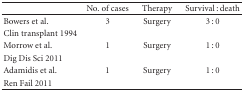
|  | No. of cases | Therapy | Survival : death |
 | --- | --- | --- | --- |
 | Bowers et al. | 3 | Surgery | 3 : 0 |
 | Clin transplant 1994 |  |  |  |
 | Morrow et al. | 1 | Surgery | 1 : 0 |
 | Dig Dis Sci 2011 |  |  |  |
 | Adamidis et al. | 1 | Surgery | 1 : 0 |
 | Ren Fail 2011 |  |  |  |